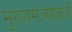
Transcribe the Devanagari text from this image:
मुख्यमंत्र्यांकडे